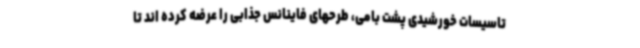
تاسیسات خورشیدی پشت بامی، طرحهای فاینانس جذابی را عرضه کرده اند تا